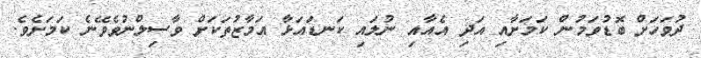
ދުވަހަށް ބޮޑުވަމުން ކަމަށާއި އަދި އެއާއި ނުލައި ކަނޑައަޅާ އަމާޒުތަކަށް ވާސިލްނުވެވޭނެ ކަމަށެވެ.